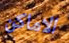
الاماكن